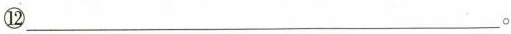
⑫___。